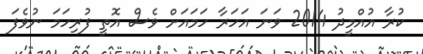
ކުރާ އުއްމީދު 2014 ވަނަ އަހަރާ ހަމައަށް ވެސް އޮތީ ފުރިހަމަ ނުވެފަ